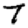
Digit: 7